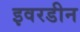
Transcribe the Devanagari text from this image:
इवरडीन